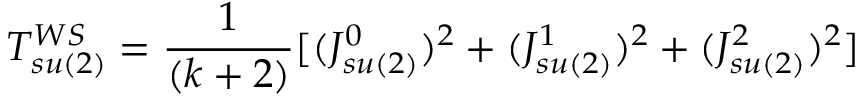
T _ { s u ( 2 ) } ^ { W S } = { \frac { 1 } { ( k + 2 ) } } [ ( J _ { s u ( 2 ) } ^ { 0 } ) ^ { 2 } + ( J _ { s u ( 2 ) } ^ { 1 } ) ^ { 2 } + ( J _ { s u ( 2 ) } ^ { 2 } ) ^ { 2 } ]